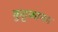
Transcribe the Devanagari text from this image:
कुट्टकानम